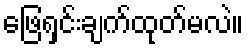
ဖြေရှင်းချက်ထုတ်မလဲ။